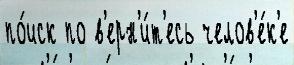
по́иск по в'ерн'и́т'есь челов'е́к'е